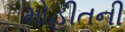
મોહીતની